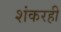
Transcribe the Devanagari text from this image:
शंकरही